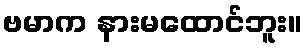
ဗမာက နားမထောင်ဘူး။